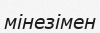
мінезімен